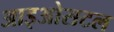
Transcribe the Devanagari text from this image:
आइओसटल